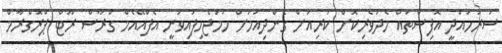
ސަރަހައްދީ އޮފިސްތައް މެދުވެރިކޮށް ކުރިއަށް ގެންދިއުމަށް ހަމަޖެހިފައިވަނީ އެފްއޭއެމް ގްރާސް ރޫޓް ޕްރޮގްރާމް